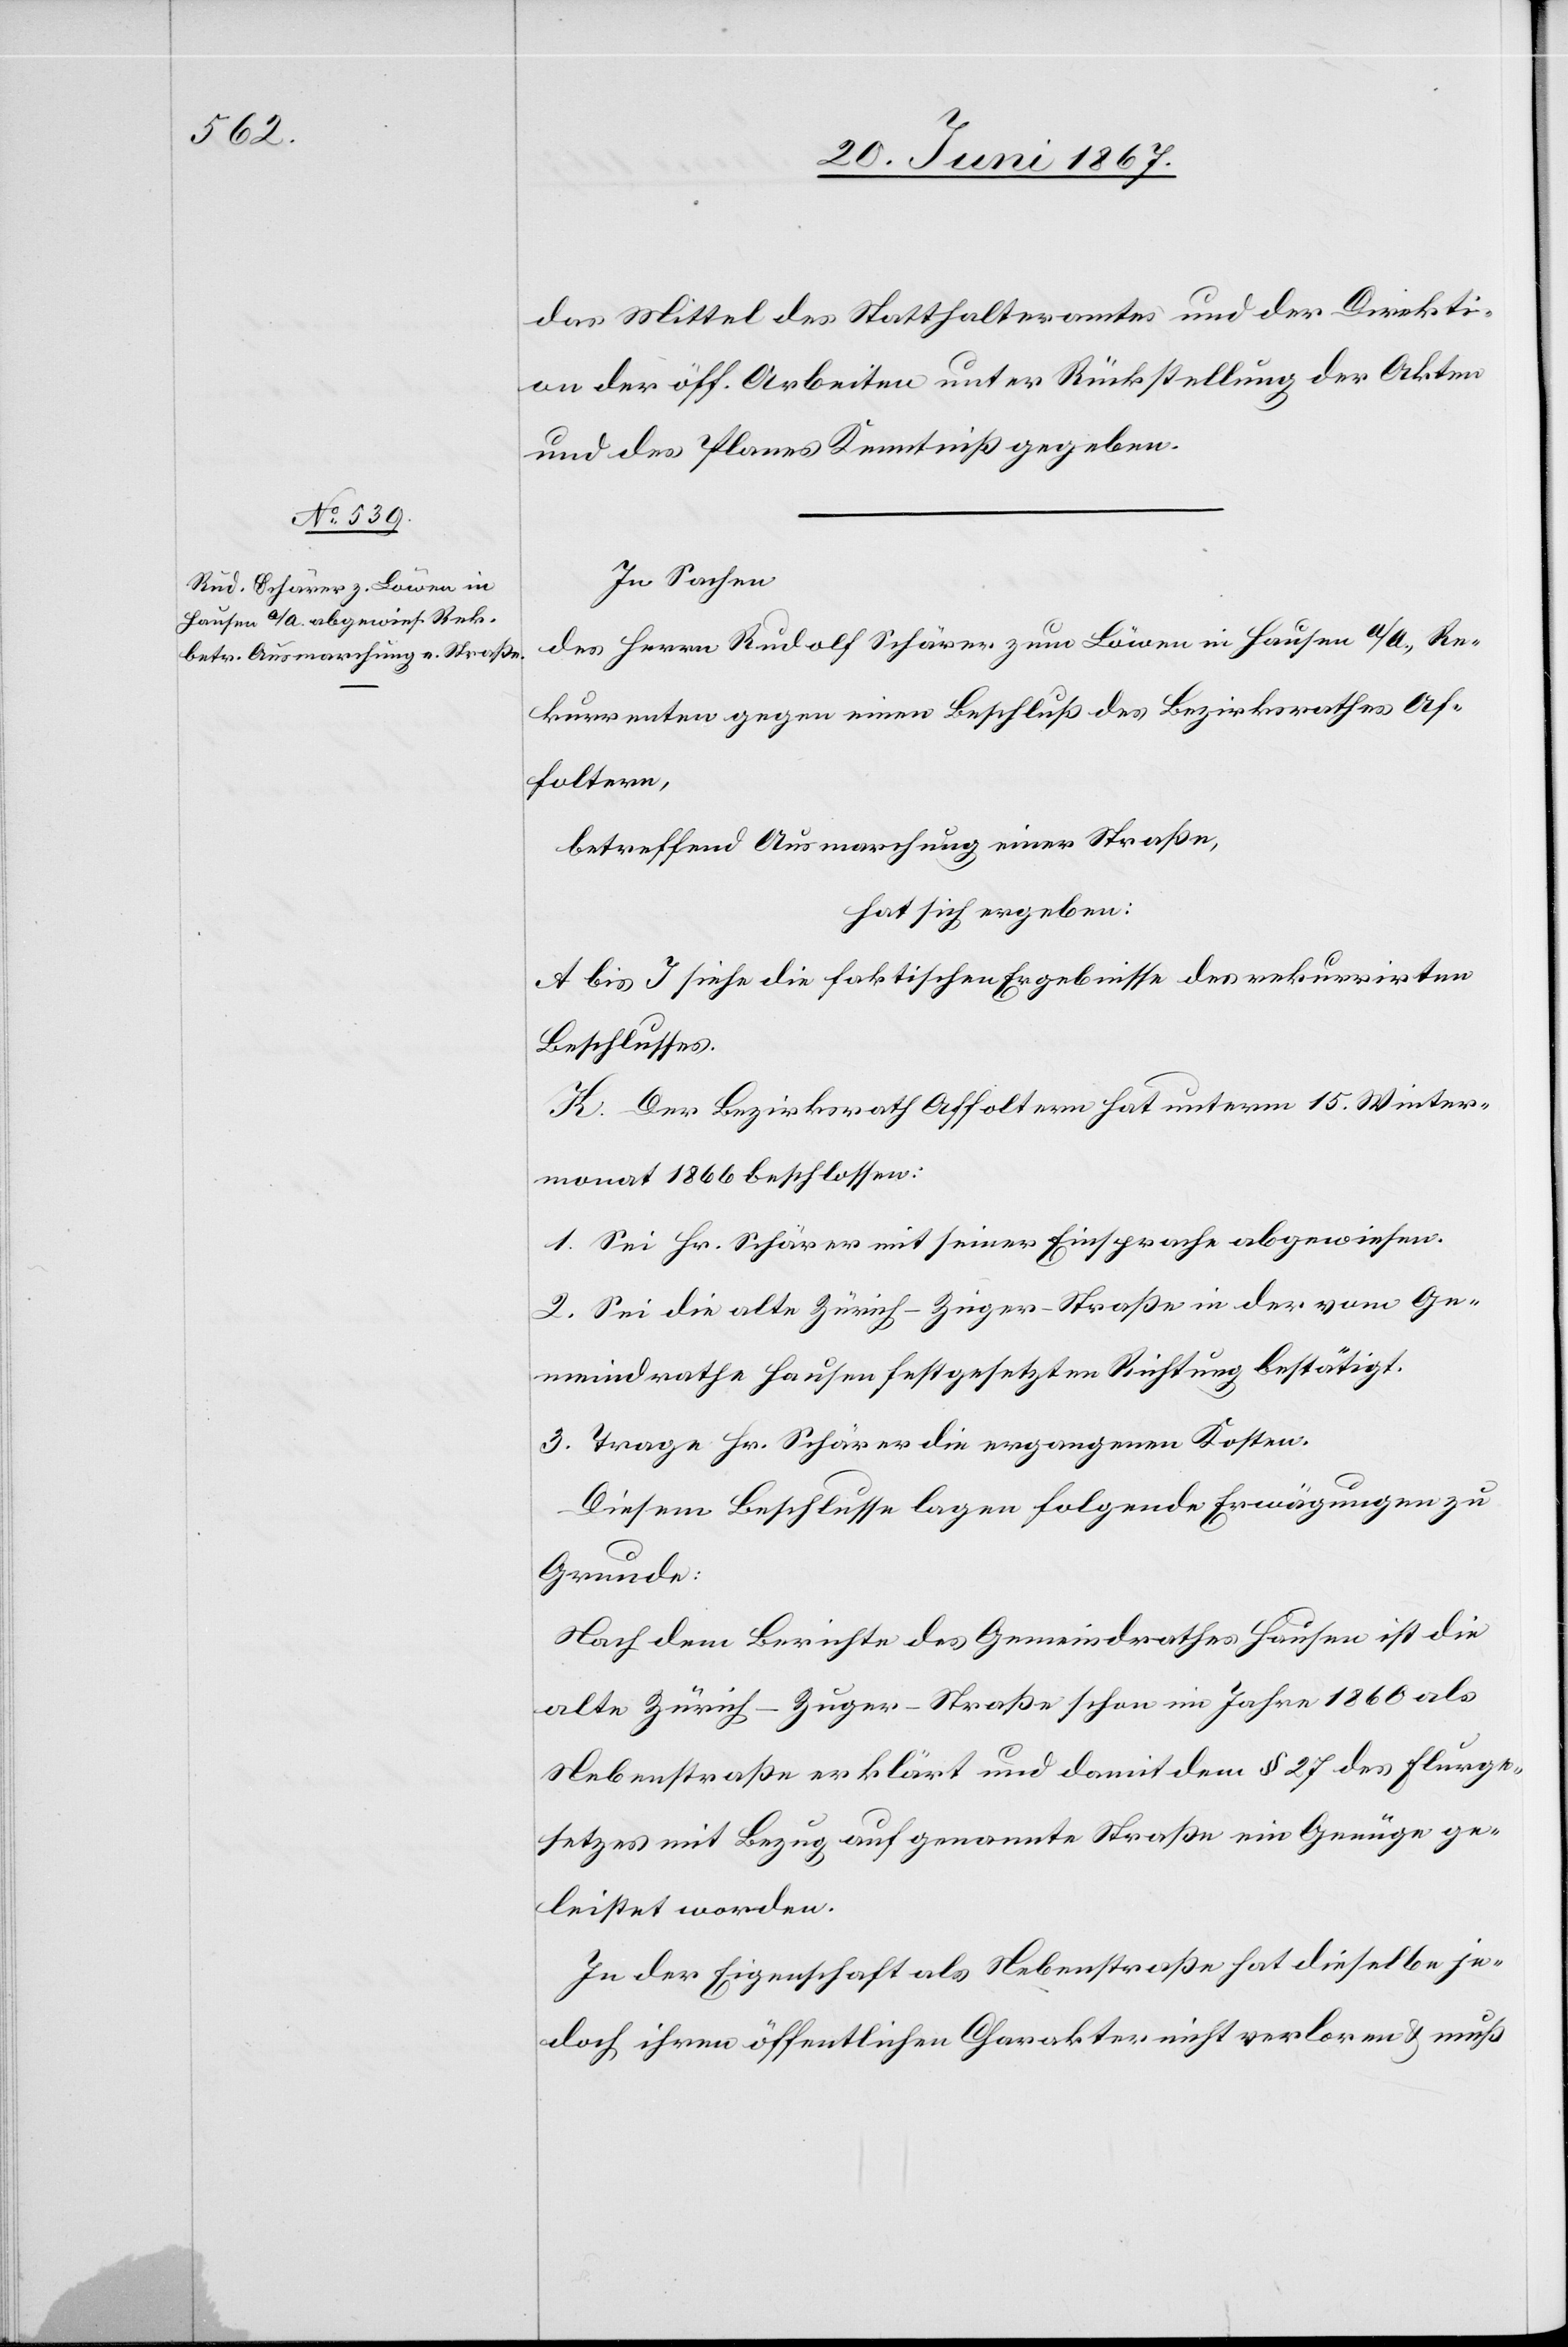
das Mittel des Statthalteramtes und der Direkti¬
on der öff. Arbeiten unter Rückstellung der Akten
und des Planes Kenntniß gegeben.
In Sachen
des Herrn Rudolf Schärer zum Löwen in Hausen a/A., Re¬
kurrenten gegen einen Beschluß des Bezirksrathes Af¬
foltern,
betreffend Ausmarchung einer Straße,
hat sich ergeben:
A bis J siehe die faktischen Ergebnisse des rekurirrten
Beschlusses.
K. Der Bezirksrath Affoltern hat unterm 15. Winter¬
monat 1866 beschlossen:
1. Sei Hr. Schärer mit seiner Einsprache abgewiesen.
2. Sei die alte Zürich–Zuger-Straße in der vom Ge¬
meindrathe Hausen festgesetzten Richtung bestätigt.
3. Trage Hr. Schärer die ergangenen Kosten.
Diesem Beschlusse lagen folgende Erwägungen zu
Grunde:
Nach dem Berichte des Gemeindrathes Hausen ist die
alte Zürich–Zuger-Straße schon im Jahre 1860 als
Nebenstraße erklärt und damit dem § 27 des Flurge¬
setzes mit Bezug auf genannte Straße ein Genüge ge¬
leistet worden.
In der Eigenschaft als Nebenstraße hat dieselbe je¬
doch ihren öffentlichen Charakter nicht verloren u. muß